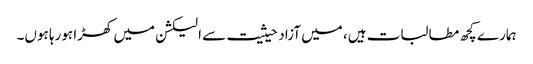
ہمارے کچھ مطالبات ہیں، میں آزاد حیثیت سے الیکشن میں کھڑا ہورہا ہوں۔